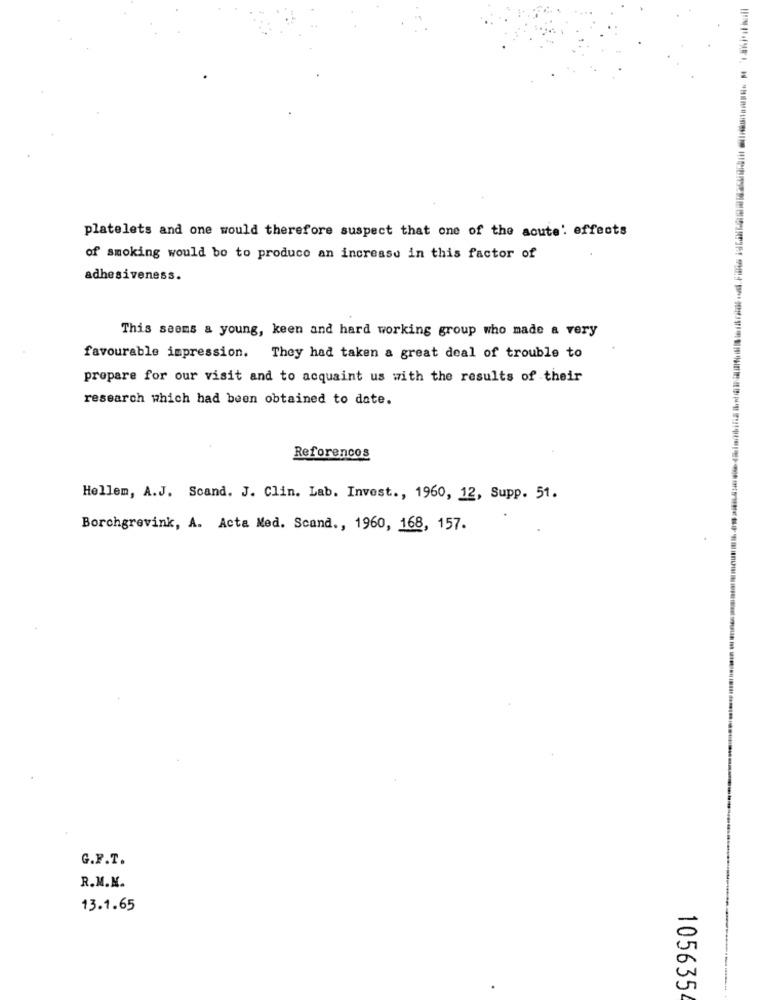
platelets and one would therefore suspect that one of the acute' effects
of smoking would bo to produce an increase in this factor of
adhesiveness.
This seems & young, keen and hard working group who made a very
favourable impression. They had taken a great deal of trouble to
prepare for our visit and to acquaint us with the results of their
research which had been obtained to date.
Reforencos
Hellem, A.J. Scand. J. Clin. Lab. Invest ., 1960, 12, Supp. 51.
Borchgrevink, A. Acta Med. Scand ., 1960, 168, 157.
G.F.T.
R.M.K.
13.1.65
105635